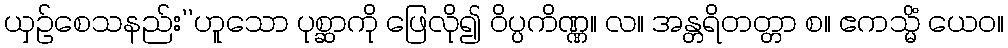
ယှဉ်စေသနည်း’’ဟူသော ပုစ္ဆာကို ဖြေလို၍ ဝိပ္ပကိဏ္ဏ။ လ။ အန္တရိတတ္တာ စ။ ဧကသ္မိံ ယေဝ။